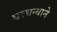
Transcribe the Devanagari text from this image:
घरधन्याने